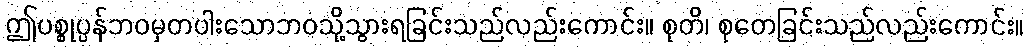
ဤပစ္စုပ္ပန်ဘဝမှတပါးသောဘဝသို့သွားရခြင်းသည်လည်းကောင်း။ စုတိ၊ စုတေခြင်းသည်လည်းကောင်း။